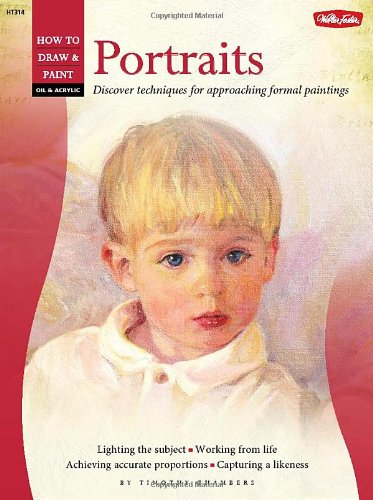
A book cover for Oil & Acrylic: Portraits (How to Draw & Paint); Tim Chambers; Arts & Photography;